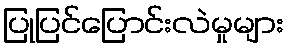
ပြုပြင်ပြောင်းလဲမှုများ